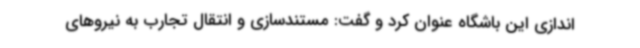
اندازی این باشگاه عنوان کرد و گفت: مستندسازی و انتقال تجارب به نیروهای